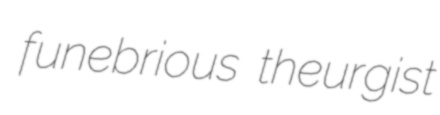
funebrious theurgist